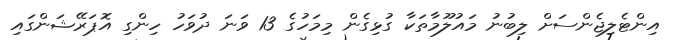
އިންޓެލިޖެންސަށް ލިބުނު މައުލޫމާތަކާ ގުޅިގެން މިމަހުގެ 13 ވަނަ ދުވަހު ހިންގި އޮޕަރޭޝަންގައި